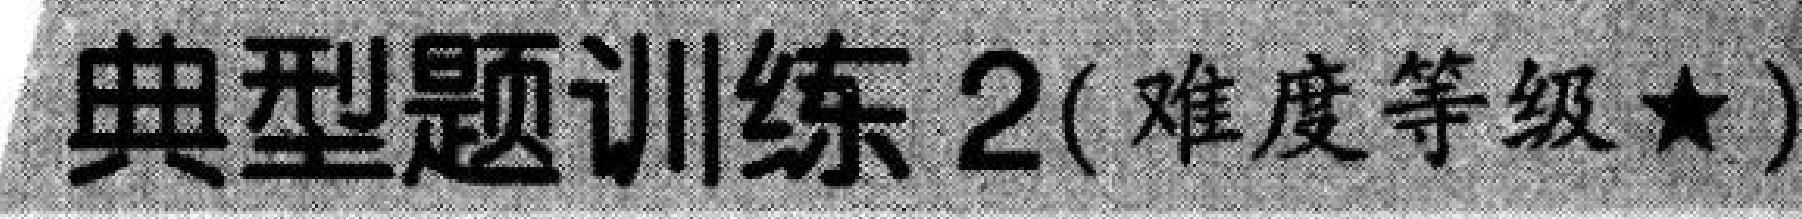
典型题训练 2(难度等级★)